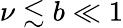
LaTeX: \nu\lesssim b\ll 1